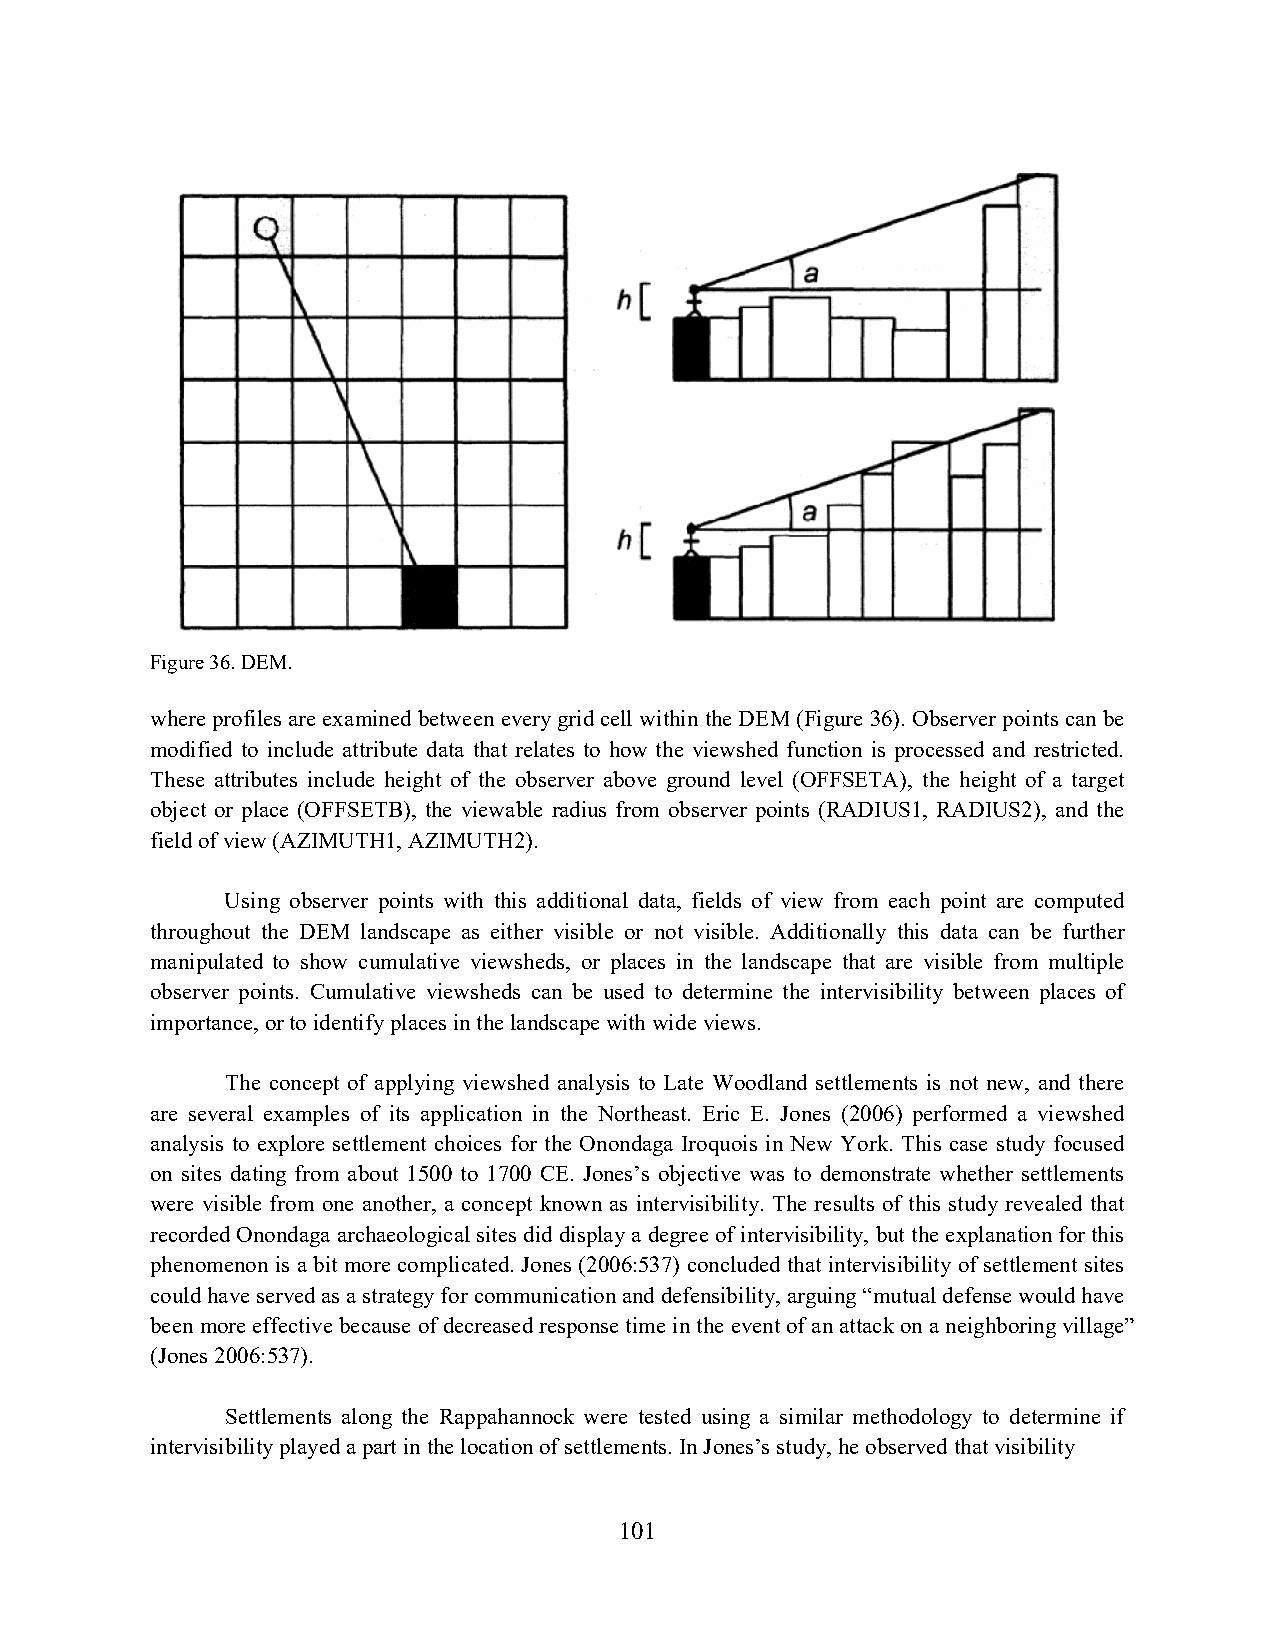
Figure 36. DEM.
 where profiles are examined between every grid cell within the DEM (Figure 36). Observer points can be
 modified to include attribute data that relates to how the viewshed function is processed and restricted.
 These attributes include height of the observer above ground level (OFFSETA), the height of a target
 object or place (OFFSETB), the viewable radius from observer points (RADIUS1, RADIUS2), and the
 field of view (AZIMUTH1, AZIMUTH2).
 Using observer points with this additional data, fields of view from each point are computed
 throughout the DEM landscape as either visible or not visible. Additionally this data can be further
 manipulated to show cumulative viewsheds, or places in the landscape that are visible from multiple
 observer points. Cumulative viewsheds can be used to determine the intervisibility between places of
 importance, or to identify places in the landscape with wide views.
 The concept of applying viewshed analysis to Late Woodland settlements is not new, and there
 are several examples of its application in the Northeast. Eric E. Jones (2006) performed a viewshed
 analysis to explore settlement choices for the Onondaga Iroquois in New York. This case study focused
 on sites dating from about 1500 to 1700 CE. Jones’s objective was to demonstrate whether settlements
 were visible from one another, a concept known as intervisibility. The results of this study revealed that
 recorded Onondaga archaeological sites did display a degree of intervisibility, but the explanation for this
 phenomenon is a bit more complicated. Jones (2006:537) concluded that intervisibility of settlement sites
 could have served as a strategy for communication and defensibility, arguing “mutual defense would have
 been more effective because of decreased response time in the event of an attack on a neighboring village”
 (Jones 2006:537).
 Settlements along the Rappahannock were tested using a similar methodology to determine if
 intervisibility played a part in the location of settlements. In Jones’s study, he observed that visibility
 101